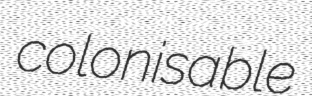
colonisable